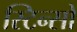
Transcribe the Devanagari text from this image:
स्टिन्सों